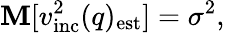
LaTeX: \mathbf{M}[v_{\mathrm{{inc}}}^{2}(q)_{\mathrm{{est}}}]=\sigma^{2},